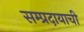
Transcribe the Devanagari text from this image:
सम्प्रदायाची